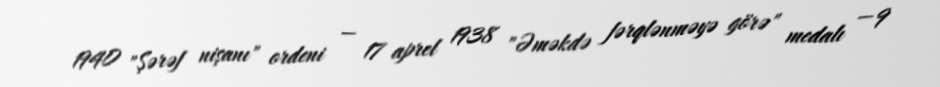
1940 "Şərəf nişanı" ordeni — 17 aprel 1938 "Əməkdə fərqlənməyə görə" medalı — 9